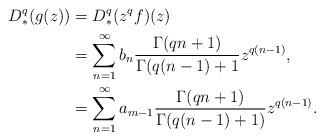
LaTeX: \begin{align*}D_*^q(g(z)) &= D_*^q(z^qf)(z)\\&=\sum_{n=1}^{\infty} b_n\frac{\Gamma(qn+1)}{\Gamma(q(n-1)+1}z^{q(n-1)},\\&=\sum_{n=1}^{\infty}a_{m-1}\frac{\Gamma(qn+1)}{\Gamma(q(n-1)+1)}z^{q(n-1)}.\end{align*}